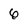
Character: 6